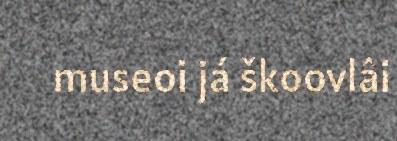
museoi já škoovlâi